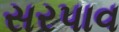
સરપાવ